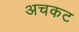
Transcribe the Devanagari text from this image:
अचकट